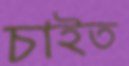
চাইত